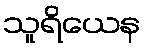
သူရိယေန